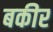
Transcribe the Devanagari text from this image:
बकीर